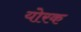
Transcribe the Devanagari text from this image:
योरक